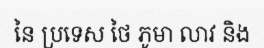
នៃ ប្រទេស ថៃ ភូមា លាវ និង